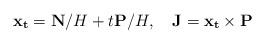
LaTeX: \begin{align*}{\bf x_t}={\bf N}/H+t{\bf P}/H,\quad{\bf J}={\bf x_t}\times{\bf P}\end{align*}